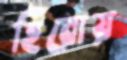
হিরোয়